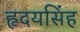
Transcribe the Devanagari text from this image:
हृदयसिंह